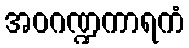
အဝဂဏ္ဍကာရကံ